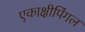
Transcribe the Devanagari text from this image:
एकाक्षीपिंगल